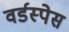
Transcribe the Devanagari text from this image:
वर्डस्पेस